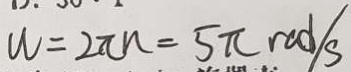
W = 2 \pi n = 5 \pi r c d / s